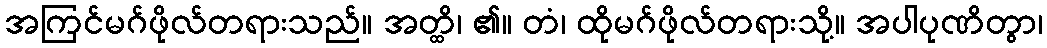
အကြင်မဂ်ဖိုလ်တရားသည်။ အတ္ထိ၊ ၏။ တံ၊ ထိုမဂ်ဖိုလ်တရားသို့။ အပါပုဏိတွာ၊